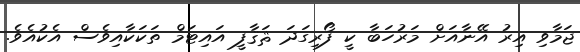
ޖަމާވި އިރު އޭނާއަށް މަރުހަބާ ކީ ފޯރިގަދަ ޘަޤާފީ އައިޓަމް ތަކަކާއިވެސް އެކުއެވެ.